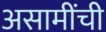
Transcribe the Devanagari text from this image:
असामींची